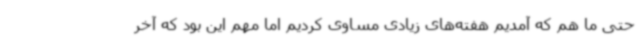
حتی ما هم که آمدیم هفته‌های زیادی مساوی کردیم اما مهم این بود که آخر